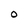
Character: O